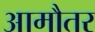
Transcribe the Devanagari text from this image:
आमौतर